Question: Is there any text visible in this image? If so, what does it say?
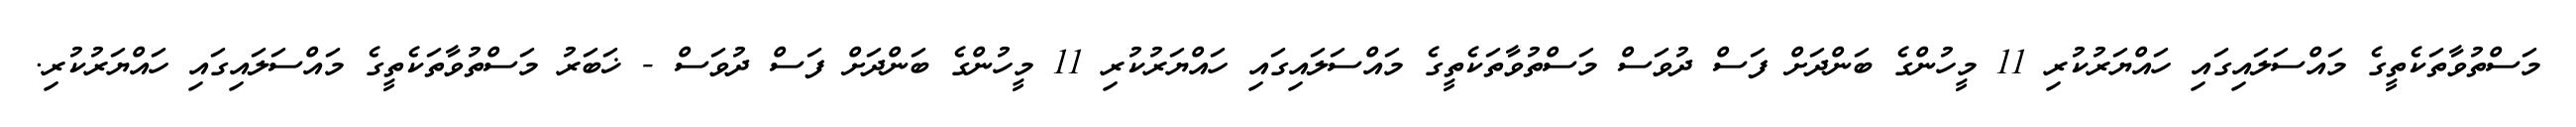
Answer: މަސްތުވާތަކެތީގެ މައްސަލައިގައި ހައްޔަރުކުރި 11 މީހުންގެ ބަންދަށް ފަސް ދުވަސް މަސްތުވާތަކެތީގެ މައްސަލައިގައި ހައްޔަރުކުރި 11 މީހުންގެ ބަންދަށް ފަސް ދުވަސް - ޚަބަރު މަސްތުވާތަކެތީގެ މައްސަލައިގައި ހައްޔަރުކުރި.